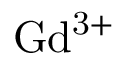
\mathrm { G d ^ { 3 + } }